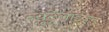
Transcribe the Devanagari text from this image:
न्यूट्रेलाइज्ड